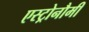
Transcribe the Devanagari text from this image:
एस्ट्रोनौमी